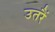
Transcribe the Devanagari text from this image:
उतरैं